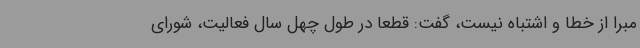
مبرا از خطا و اشتباه نیست، گفت: قطعا در طول چهل سال فعالیت، شورای